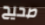
صحيح